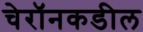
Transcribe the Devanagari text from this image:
चेरॉनकडील